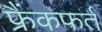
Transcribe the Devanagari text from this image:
फ्रैंकफर्त